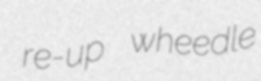
re-up wheedle